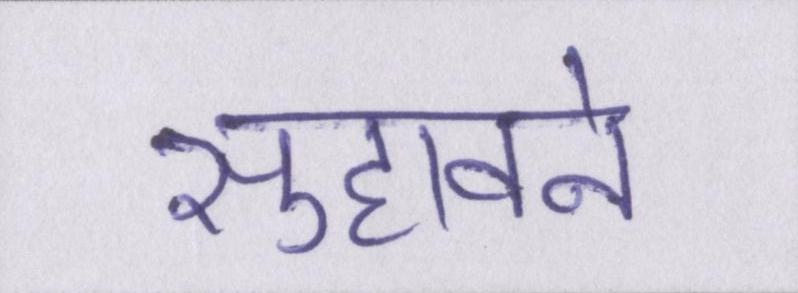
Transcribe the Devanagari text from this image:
सुहावने